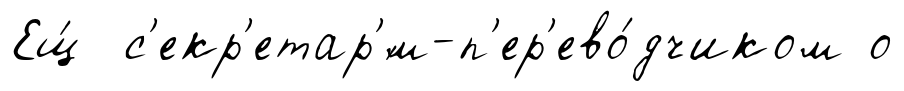
Ещ́ с'екр'етар'́м-п'ер'ево́дчиком о